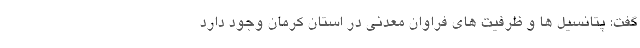
گفت: پتانسیل ها و ظرفیت های فراوان معدنی در استان کرمان وجود دارد